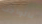
بالواجب